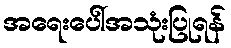
အရေးပေါ်အသုံးပြုရန်